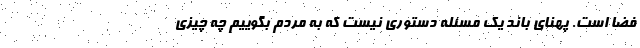
فضا است. پهنای باند یک مسئله دستوری نیست که به مردم بگوییم چه چیزی